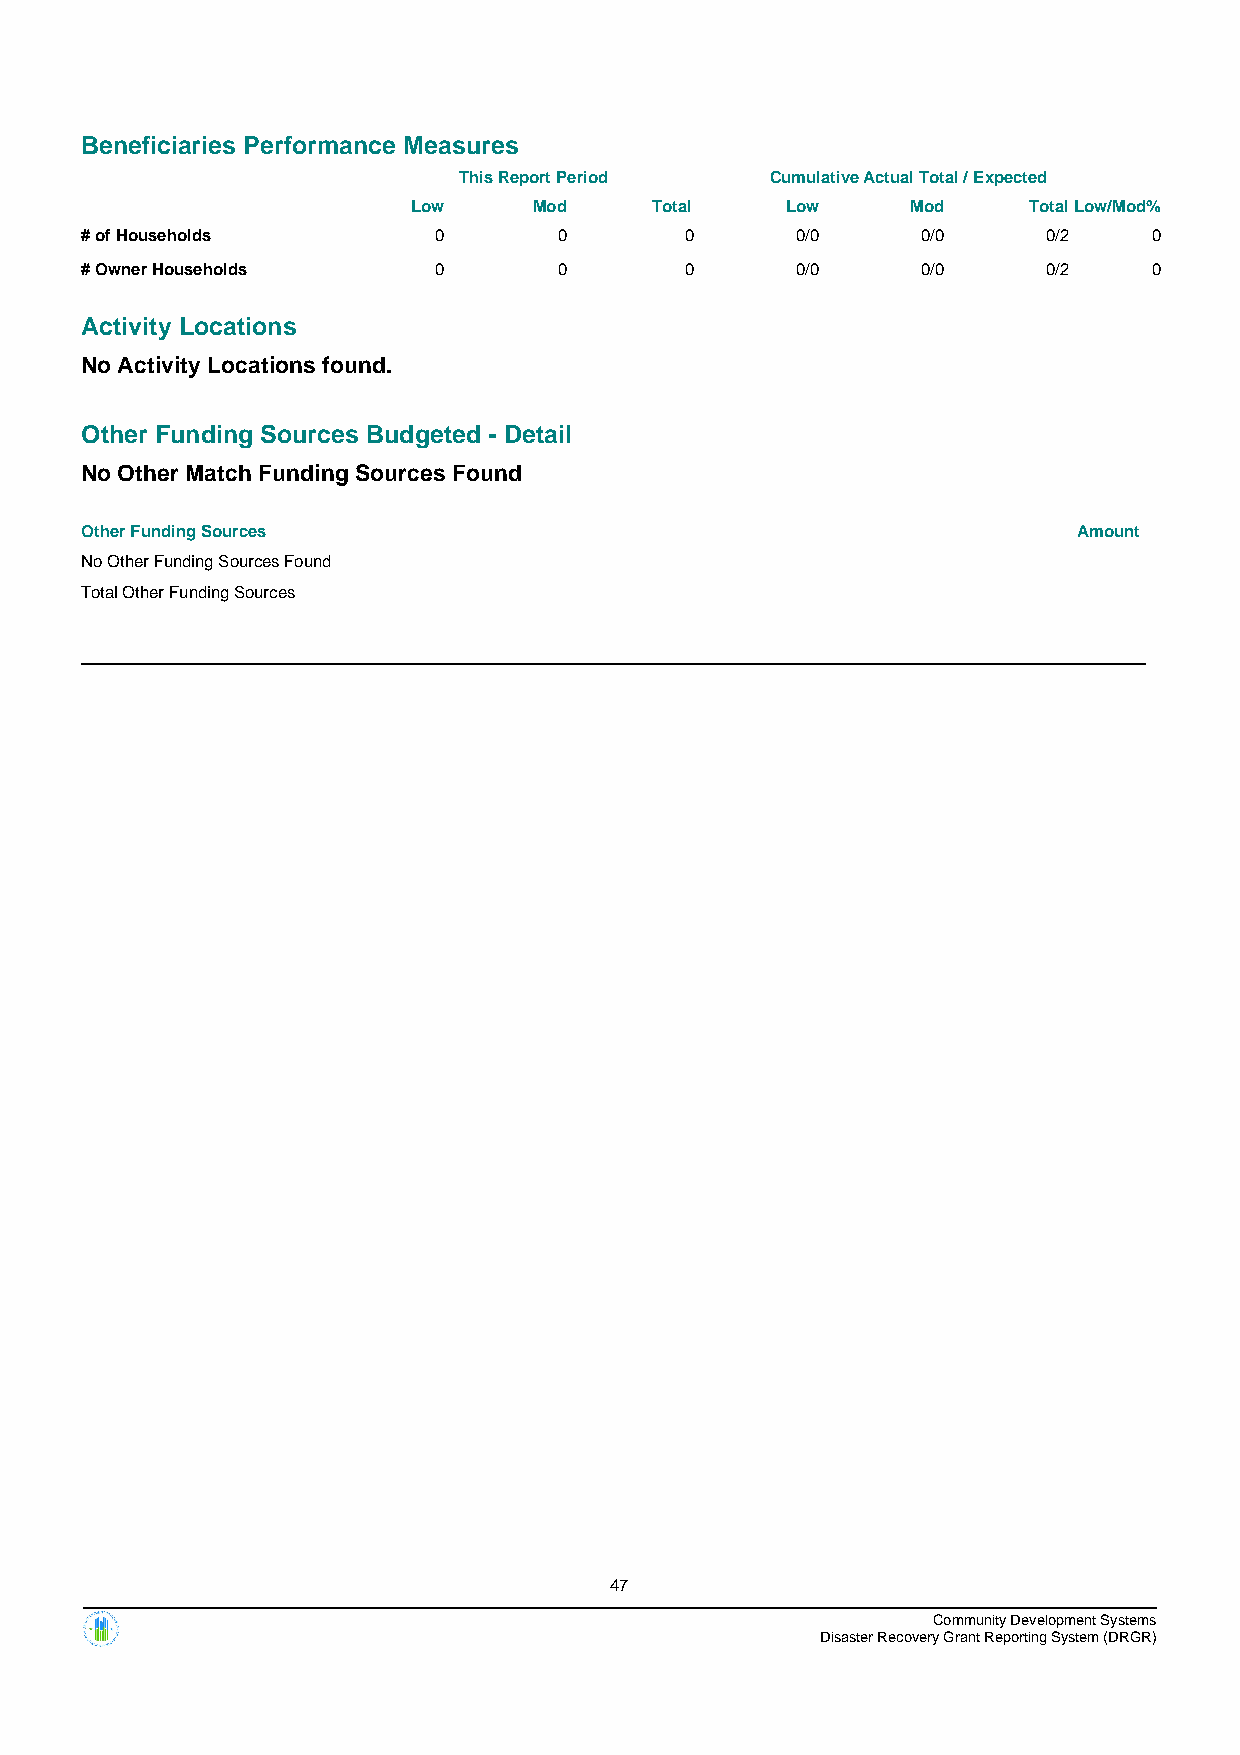
Beneficiaries Performance Measures
 This Report Period   Cumulative Actual Total / Expected
 Low     Mod     Total    Low     Mod     TotalLow/Mod%
 # of Households         0       0       0       0/0     0/0     0/2    0
 # Owner Households      0       0       0       0/0     0/0     0/2    0
 Activity Locations
 No Activity Locations found.
 Other Funding Sources Budgeted - Detail
 No Other Match Funding Sources Found
 Other Funding Sources                                             Amount
 No Other Funding Sources Found
 Total Other Funding Sources
 47
 Community Development Systems
 Disaster Recovery Grant Reporting System (DRGR)